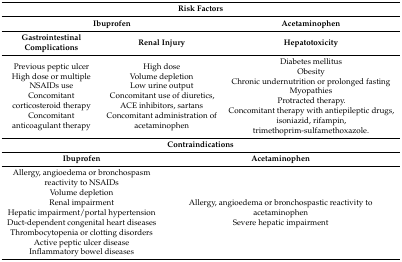
<table><thead><tr><td colspan="4"><b>Risk Factors</b></td></tr><tr><td colspan="3"><b>Ibuprofen</b></td><td><b>Acetaminophen</b></td></tr><tr><td><b>Gastrointestinal Complications</b></td><td colspan="2"><b>Renal Injury</b></td><td><b>Hepatotoxicity</b></td></tr></thead><tbody><tr><td>Previous peptic ulcerHigh dose or multiple NSAIDs useConcomitant corticosteroid therapyConcomitant anticoagulant therapy</td><td colspan="2">High doseVolume depletionLow urine outputConcomitant use of diuretics, ACE inhibitors, sartansConcomitant administration of acetaminophen</td><td>Diabetes mellitusObesityChronic undernutrition or prolonged fastingMyopathiesProtracted therapy.Concomitant therapy with antiepileptic drugs, isoniazid, rifampin, trimethoprim-sulfamethoxazole.</td></tr><tr><td colspan="4"><b>Contraindications</b></td></tr><tr><td colspan="2"><b>Ibuprofen</b></td><td colspan="2"><b>Acetaminophen</b></td></tr><tr><td colspan="2">Allergy, angioedema or bronchospasm reactivity to NSAIDsVolume depletionRenal impairmentHepatic impairment/portal hypertensionDuct-dependent congenital heart diseasesThrombocytopenia or clotting disordersActive peptic ulcer diseaseInflammatory bowel diseases</td><td colspan="2">Allergy, angioedema or bronchospastic reactivity to acetaminophenSevere hepatic impairment</td></tr></tbody></table>